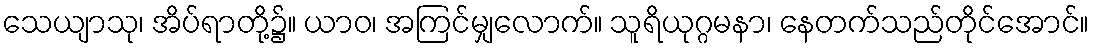
သေယျာသု၊ အိပ်ရာတို့၌။ ယာဝ၊ အကြင်မျှလောက်။ သူရိယုဂ္ဂမနာ၊ နေတက်သည်တိုင်အောင်။